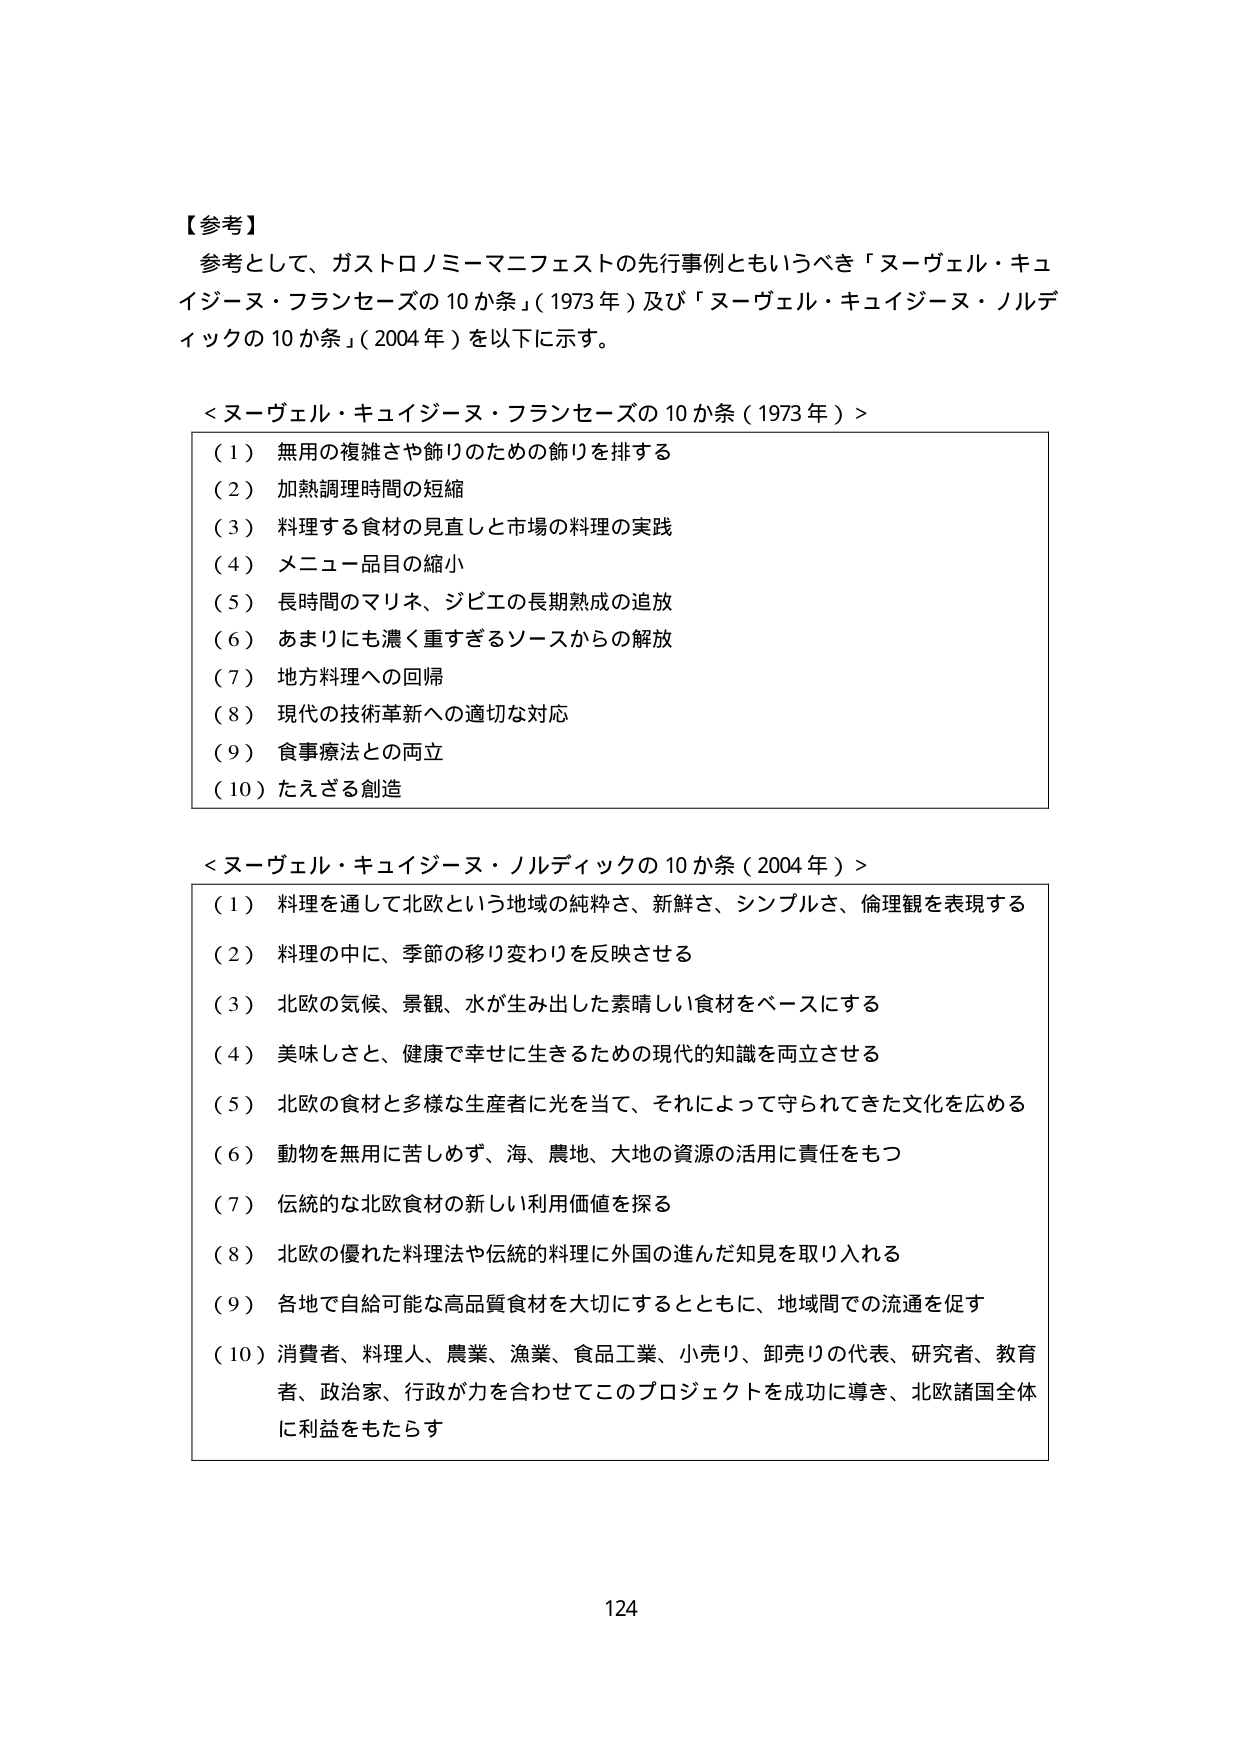
【参考】
参考として、ガストロノミーマニフェストの先行事例ともいうべき「ヌーヴェル・キュイジーヌ・フランセーズの10か条」（1973年）及び「ヌーヴェル・キュイジーヌ・ノルディックの10か条」（2004年）を以下に示す。

＜ヌーヴェル・キュイジーヌ・フランセーズの10か条（1973年）＞
（1） 無用の複雑さや飾りのための飾りを排する
（2） 加熱調理時間の短縮
（3） 料理する食材の見直しと市場の料理の実践
（4） メニュー品目の縮小
（5） 長時間のマリネ、ジビエの長期熟成の追放
（6） あまりにも濃く重すぎるソースからの解放
（7） 地方料理への回帰
（8） 現代の技術革新への適切な対応
（9） 食事療法との両立
（10） たえざる創造

＜ヌーヴェル・キュイジーヌ・ノルディックの10か条（2004年）＞
（1） 料理を通して北欧という地域の純粋さ、新鮮さ、シンプルさ、倫理観を表現する
（2） 料理の中に、季節の移り変わりを反映させる
（3） 北欧の気候、景観、水が生み出した素晴らしい食材をベースにする
（4） 美味しさと、健康で幸せに生きるための現代的知識を両立させる
（5） 北欧の食材と多様な生産者に光を当て、それによって守られてきた文化を広める
（6） 動物を無用に苦しめず、海、農地、大地の資源の活用に責任をもつ
（7） 伝統的な北欧食材の新しい利用価値を探る
（8） 北欧の優れた料理法や伝統的料理に外国の進んだ知見を取り入れる
（9） 各地で自給可能な高品質食材を大切にするとともに、地域間での流通を促す
（10） 消費者、料理人、農業、漁業、食品工業、小売り、卸売りの代表、研究者、教育者、政治家、行政が力を合わせてこのプロジェクトを成功に導き、北欧諸国全体に利益をもたらす

124